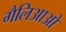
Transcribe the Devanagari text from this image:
गैलिआओ